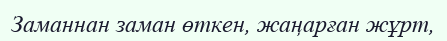
Заманнан заман өткен, жаңарған жұрт,